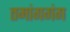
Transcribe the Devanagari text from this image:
तमांगगंग